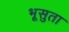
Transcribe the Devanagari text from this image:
भूसुता